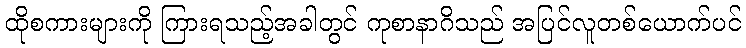
ထိုစကားများကို ကြားရသည့်အခါတွင် ကုစာနာဂိသည် အပြင်လူတစ်ယောက်ပင်